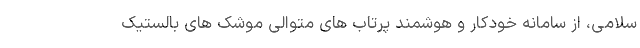
سلامی، از سامانه خودکار و هوشمند پرتاب های متوالی موشک های بالستیک